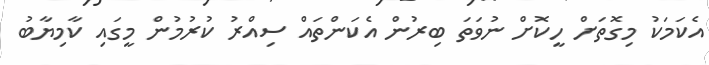
އެކަމަކު މިގޮތަށް ހީކޮށް ނުވަތަ ބިރުން އެކަންތައް ސިއްރު ކުރުމުން މީގައި ކާމިޔާބު